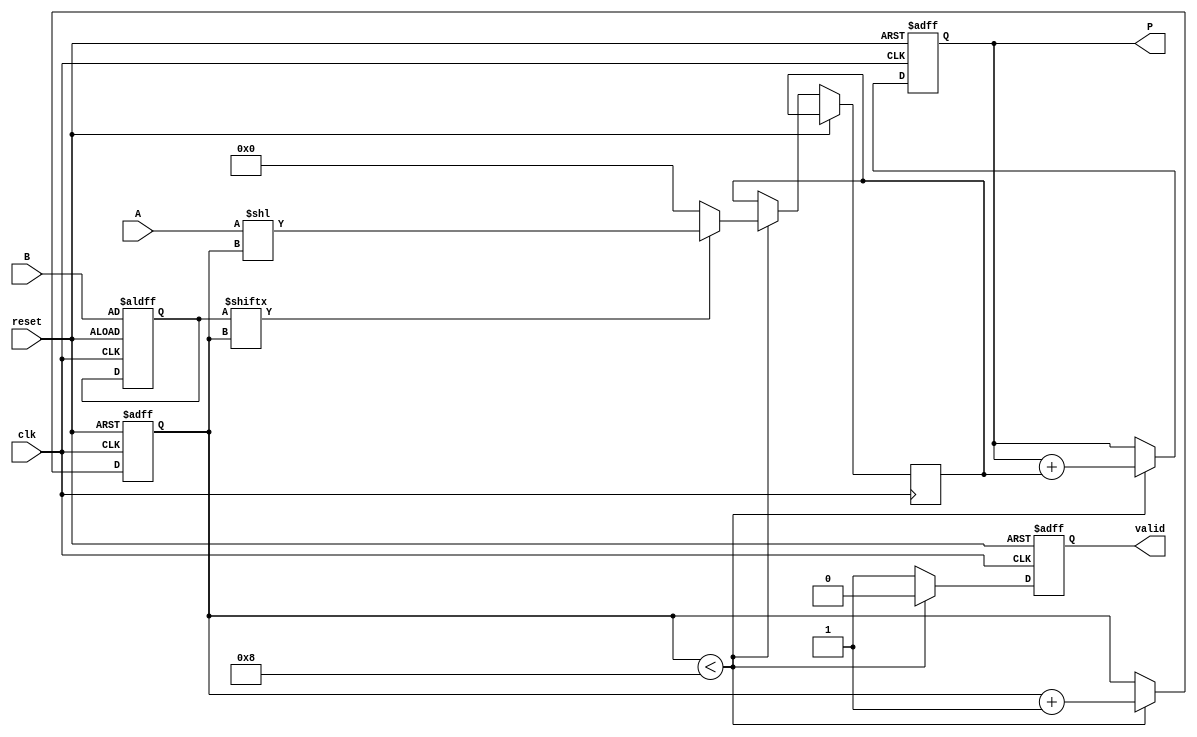
module PartialProductAccumulator #(parameter N = 8, M = 8) (
    input  wire [N-1:0] A,      // Multiplicand
    input  wire [M-1:0] B,      // Multiplier
    input  wire clk,             // Clock
    input  wire reset,           // Asynchronous reset
    output reg [(N + M - 1):0] P, // Product
    output reg valid             // Valid signal
);

    reg [M-1:0] multiplier;      // Local copy of B for processing
    reg [(N + M - 1):0] partial_product; // Current partial product
    reg [3:0] count;             // Counter to track bit position of B

    // Accumulator logic
    always @(posedge clk or posedge reset) begin
        if (reset) begin
            P <= 0;
            valid <= 0;
            count <= 0;
            multiplier <= B;
        end else if (count < M) begin
            // Generate partial product for the current bit
            partial_product <= {N{1'b0}}; // Clear partial product
            if (multiplier[count]) begin
                partial_product <= A << count; // Shift A based on the bit position of B
            end
            
            // Accumulate the partial product
            P <= P + partial_product;
            count <= count + 1; // Move to the next bit
            valid <= 0; // Product not valid until all bits processed
        end else begin
            valid <= 1; // All bits processed, product is valid
        end
    end

endmodule